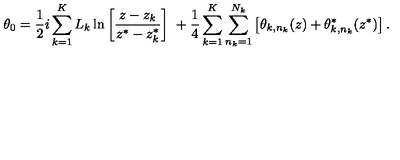
\theta _ { 0 } = \frac { 1 } { 2 } i \sum _ { k = 1 } ^ { K } L _ { k } \ln \left[ \frac { z - z _ { k } } { z ^ { * } - z _ { k } ^ { * } } \right] \ + \frac { 1 } { 4 } \sum _ { k = 1 } ^ { K } \sum _ { n _ { k } = 1 } ^ { N _ { k } } \left[ \theta _ { k , n _ { k } } ( z ) + \theta _ { k , n _ { k } } ^ { * } ( z ^ { * } ) \right] .